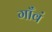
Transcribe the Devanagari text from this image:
गाँवं